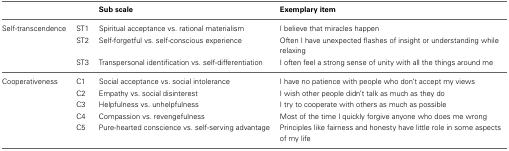
|  |  | Sub scale | Exemplary item |
 | --- | --- | --- | --- |
 | Self-transcendence | ST1 | Spiritual acceptance vs. rational materialism | I believe that miracles happen |
 |  | ST2 | Self-forgetful vs. self-conscious experience | Often I have unexpected flashes of insight or understanding while relaxing |
 |  | ST3 | Transpersonal identification vs. self-differentiation | I often feel a strong sense of unity with all the things around me |
 | Cooperativeness | C1 | Social acceptance vs. social intolerance | I have no patience with people who don't accept my views |
 |  | C2 | Empathy vs. social disinterest | I wish other people didn't talk as much as they do |
 |  | C3 | Helpfulness vs. unhelpfulness | I try to cooperate with others as much as possible |
 |  | C4 | Compassion vs. revengefulness | Most of the time I quickly forgive anyone who does me wrong |
 |  | C5 | Pure-hearted conscience vs. self-serving advantage | Principles like fairness and honesty have little role in some aspects of my life |